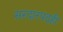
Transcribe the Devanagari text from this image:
सरदारपदही